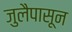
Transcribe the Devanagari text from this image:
जुलैपासून